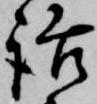
話